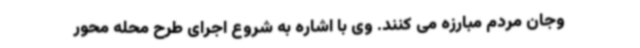
وجان مردم مبارزه می کنند. وی با اشاره به شروع اجرای طرح محله محور